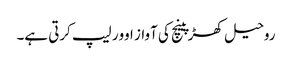
روحیل کھڑپینچ کی آواز اوور لیپ کرتی ہے۔